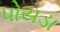
પોયડા